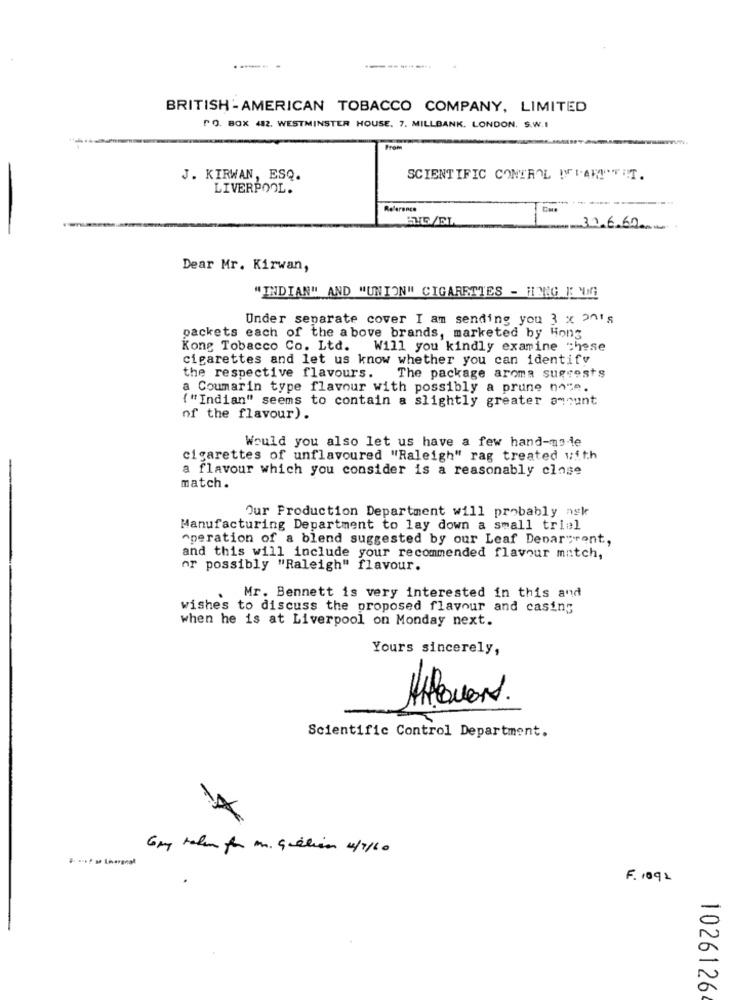
----
BRITISH - AMERICAN TOBACCO COMPANY, LIMITED
PO. BOX 482. WESTMINSTER HOUSE. 7. MILLBANK. LONDON. S.W.I
J. KIRWAN, ESQ.
SCIENTIFIC CONTROL WHAM!"FIT.
LIVERPOOL.
Reference
33.6.60
Dear Mr. Kirwan,
"INDIAN" AND "UNION" CIGARETTES - HING ING
Under separate cover I am sending you 3 x 20's
packets each of the above brands, marketed by Hong
Kong Tobacco Co. Ltd. Will you kindly examine chese
cigarettes and let us know whether you can identify
the respective flavours.
The package aroma suggests
a Coumarin type flavour with possibly a prune nace.
{ "Indian" seems to contain a slightly greater amount
of the flavour).
Would you also let us have a few hand-made
cigarettes of unflavoured "Raleigh" rag treated with
a flavour which you consider is a reasonably close
match.
Our Production Department will probably nek
Manufacturing Department to lay down a small trial
operation of a blend suggested by our Leaf Devarvrent,
and this will include your recommended flavour match,
or possibly "Raleigh" flavour.
Mr. Bennett is very interested in this and
wishes to discuss the proposed flavour and casing
when he is at Liverpool on Monday next.
Yours sincerely,
Scientific Control Department.
Gry taken for m. Gilliam 4/7/60
F. 1092
1026126